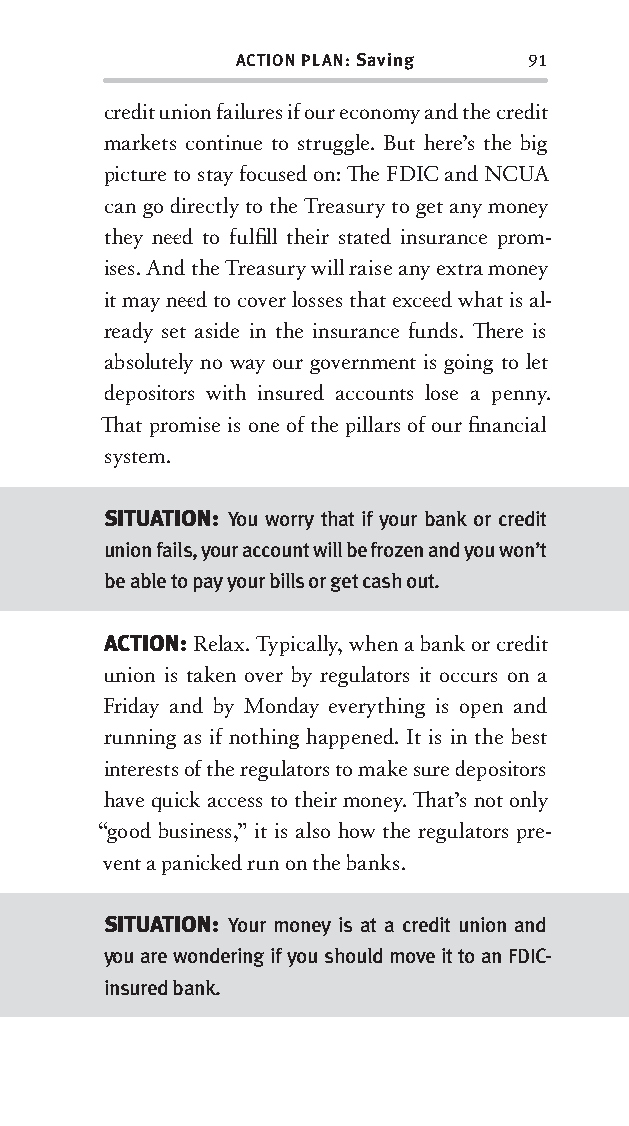
ACTION PLAN: Saving 91
 credit union failures if our economy and the credit
 markets continue to struggle. But here’s the big
 picture to stay focused on: Th e FDIC and NCUA
 can go directly to the Treasury to get any money
 they nee d to fulfi ll their stated insurance prom-
 ises. And the Treasury will raise any extra money
 it may nee d to cover losses that excee d what is al-
 ready set aside in the insurance funds. Th ere is
 absolutely no way our government is going to let
 depositors with insured accounts lose a penny.
 Th at promise is one of the pillars of our fi nancial
 system.
 SITUATION: You worry that if your bank or credit
 union fails, your account will be frozen and you won’t
 be able to pay your bills or get cash out.
 ACTION: Relax. Typically, when a bank or credit
 union is taken over by regulators it occurs on a
 Friday and by Monday everything is open and
 running as if nothing happened. It is in the best
 interests of the regulators to make sure depositors
 have quick access to their money. Th at’s not only
 “good business,” it is also how the regulators pre-
 vent a panicked run on the banks.
 SITUATION: Your money is at a credit union and
 you are wondering if you should move it to an FDIC-
 insured bank.
 OOrrmmaa__99778800338855553300993344__44pp__aallll__rr11..iinndddd 9911 1122//33//0088 99::3311::1166 AAMM